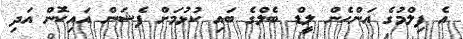
އެ ފިލްމުގެ އަންހެން ލީޑް ބެލްގެ ބައި ކުޅުމަށް ފެޝަން އައިކޮން އަދި